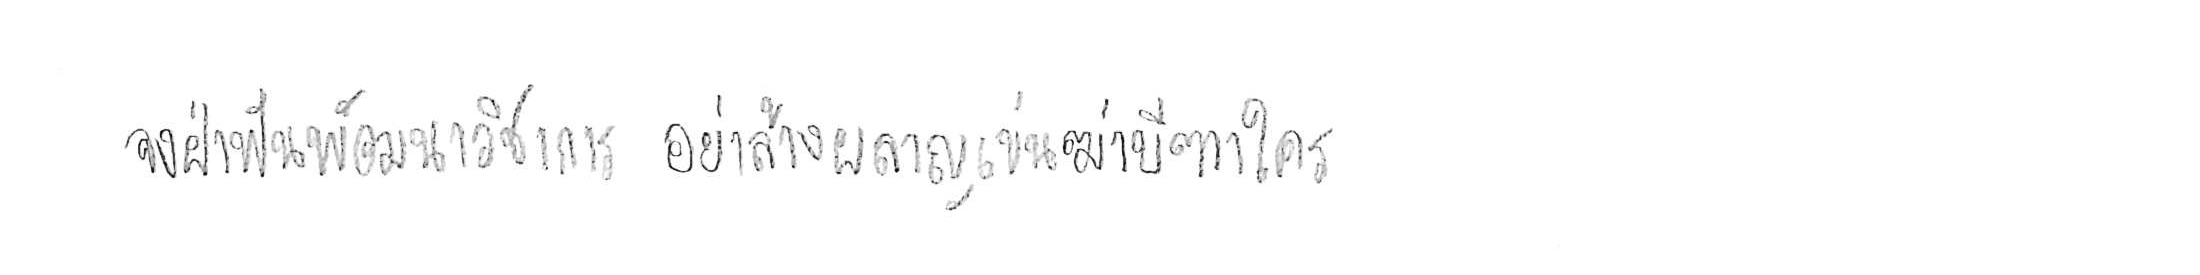
จงฝ่าฟันพัฒนาวิชาการ อย่าล้างผลาญฤๅเข่นฆ่าบีฑาใคร